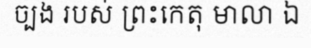
ច្បង របស់ ព្រះកេតុ មាលា ឯ